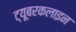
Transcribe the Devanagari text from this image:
ट्यूबरकलाइन